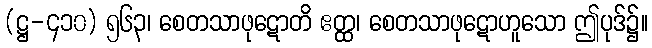
(ဋ္ဌ-၄၁၀) ၅၆၃၊ စေတသာဖုဋောတိ ဧတ္ထ၊ စေတသာဖုဋောဟူသော ဤပုဒ်၌။